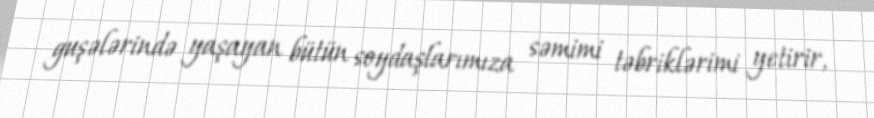
guşələrində yaşayan bütün soydaşlarımıza səmimi təbriklərimi yetirir,